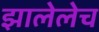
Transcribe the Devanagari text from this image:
झालेलेच